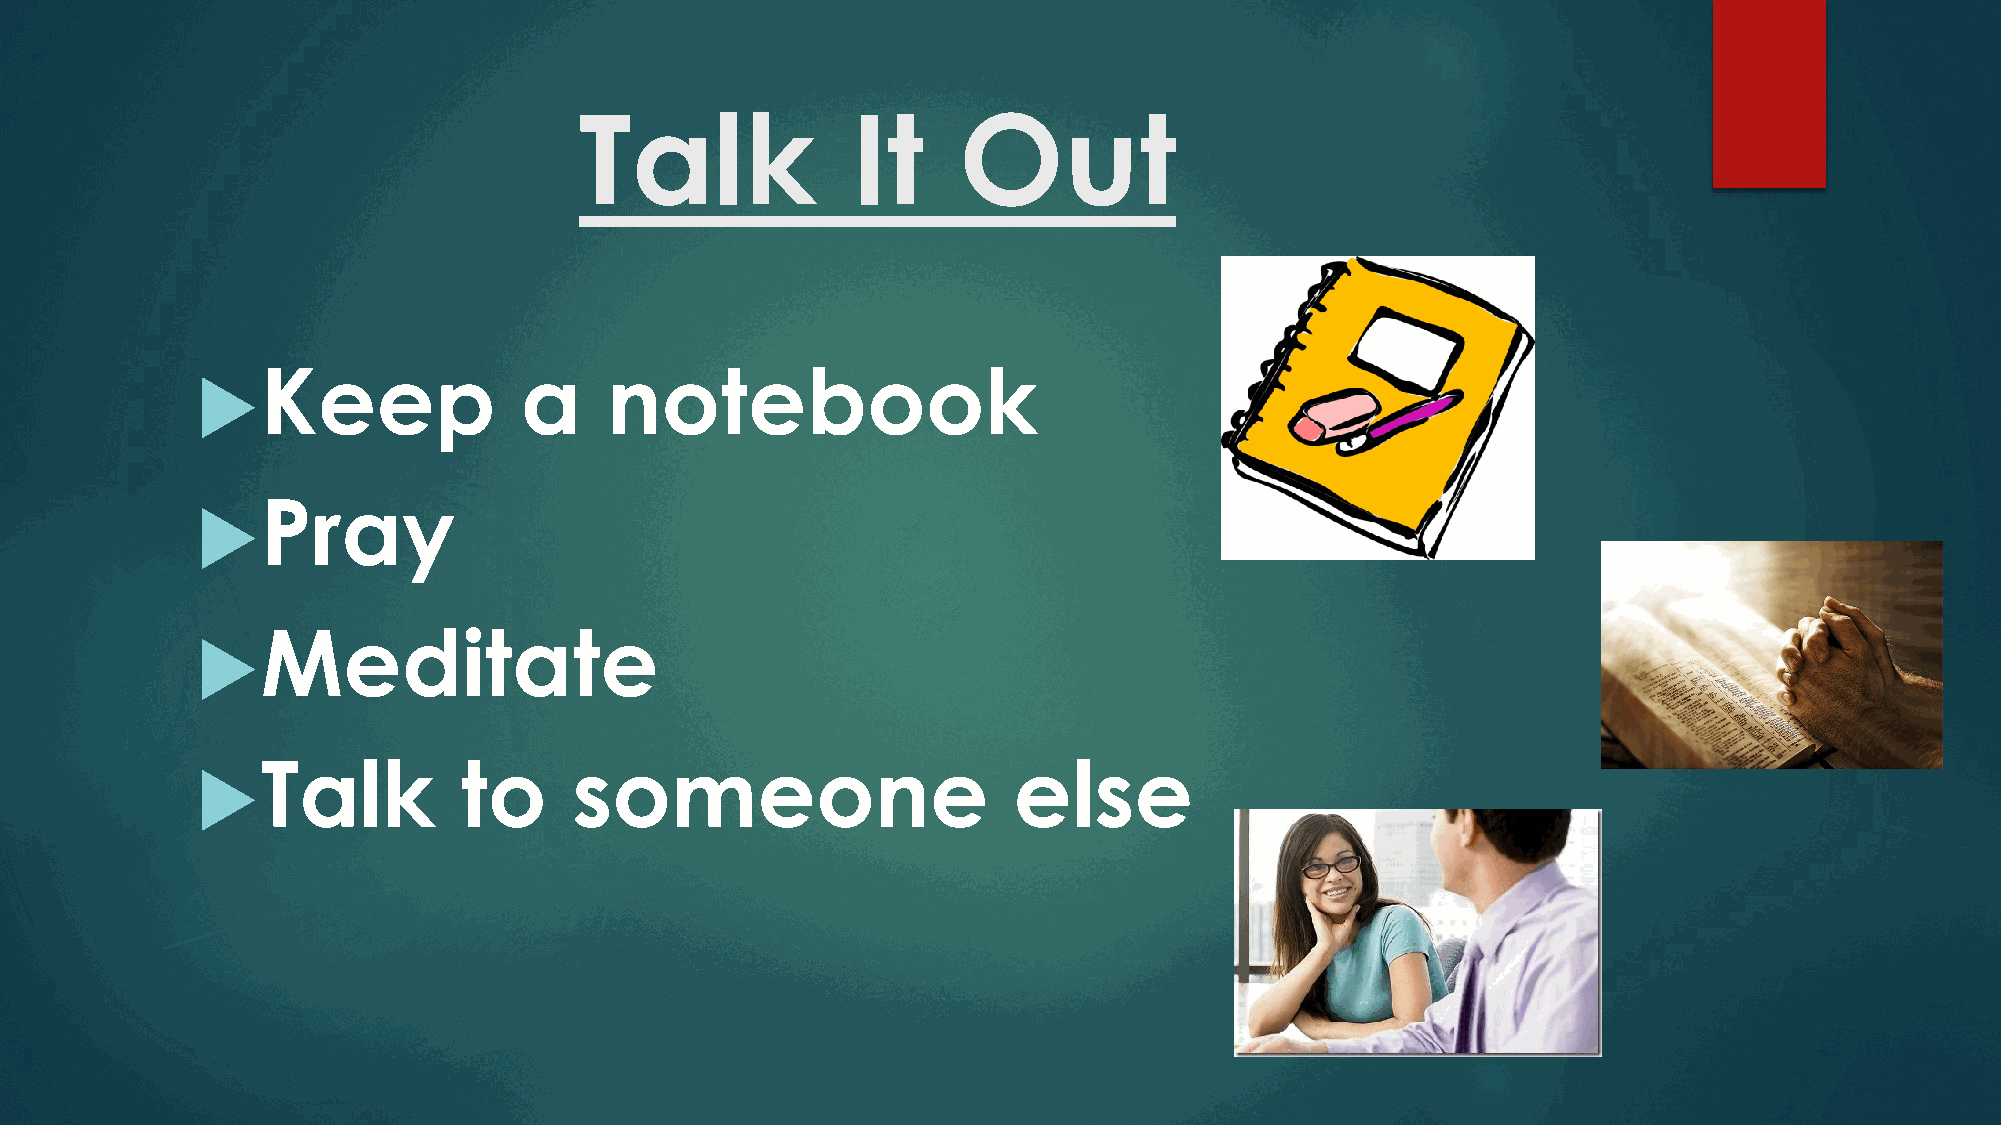
Talk              It     Out
 Keep                a     notebook
 Pray
 Meditate
 Talk            to      someone                      else